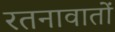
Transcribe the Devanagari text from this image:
रतनावातों